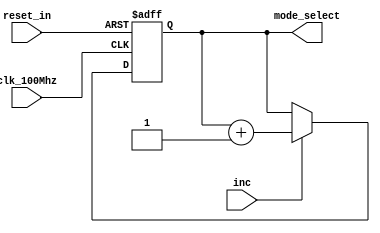
`timescale 1ns / 1ps
//////////////////////////////////////////////////////////////////////////////////
// Company: 
// Engineer: 
// 
// Design Name: 
// Module Name: count_mode
// Project Name: 
// Target Devices: 
// Tool Versions: 
// Description: 
// 
// Dependencies: 
// 
// Revision:
// Revision 0.01 - File Created
// Additional Comments:
// 
//////////////////////////////////////////////////////////////////////////////////


module count_mode(
    input clk_100Mhz,
    input reset_in,
    input inc,
    output reg [1:0] mode_select
    );

    always @ (posedge clk_100Mhz or negedge reset_in) begin
        if(!reset_in)
            mode_select <= 0;
        else if(inc)
            mode_select <= mode_select + 1;
    end
endmodule